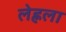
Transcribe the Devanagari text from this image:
लेह्नला